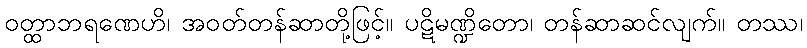
ဝတ္ထာဘရဏေဟိ၊ အဝတ်တန်ဆာတို့ဖြင့်။ ပဋိမဏ္ဍိတော၊ တန်ဆာဆင်လျက်။ တဿ၊